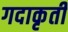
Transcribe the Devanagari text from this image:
गदाकृती